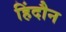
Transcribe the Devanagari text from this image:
हिंदौन